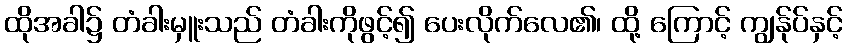
ထိုအခါ၌ တံခါးမှူးသည် တံခါးကိုဖွင့်၍ ပေးလိုက်လေ၏၊ ထို့ ကြောင့် ကျွန်ုပ်နှင့်